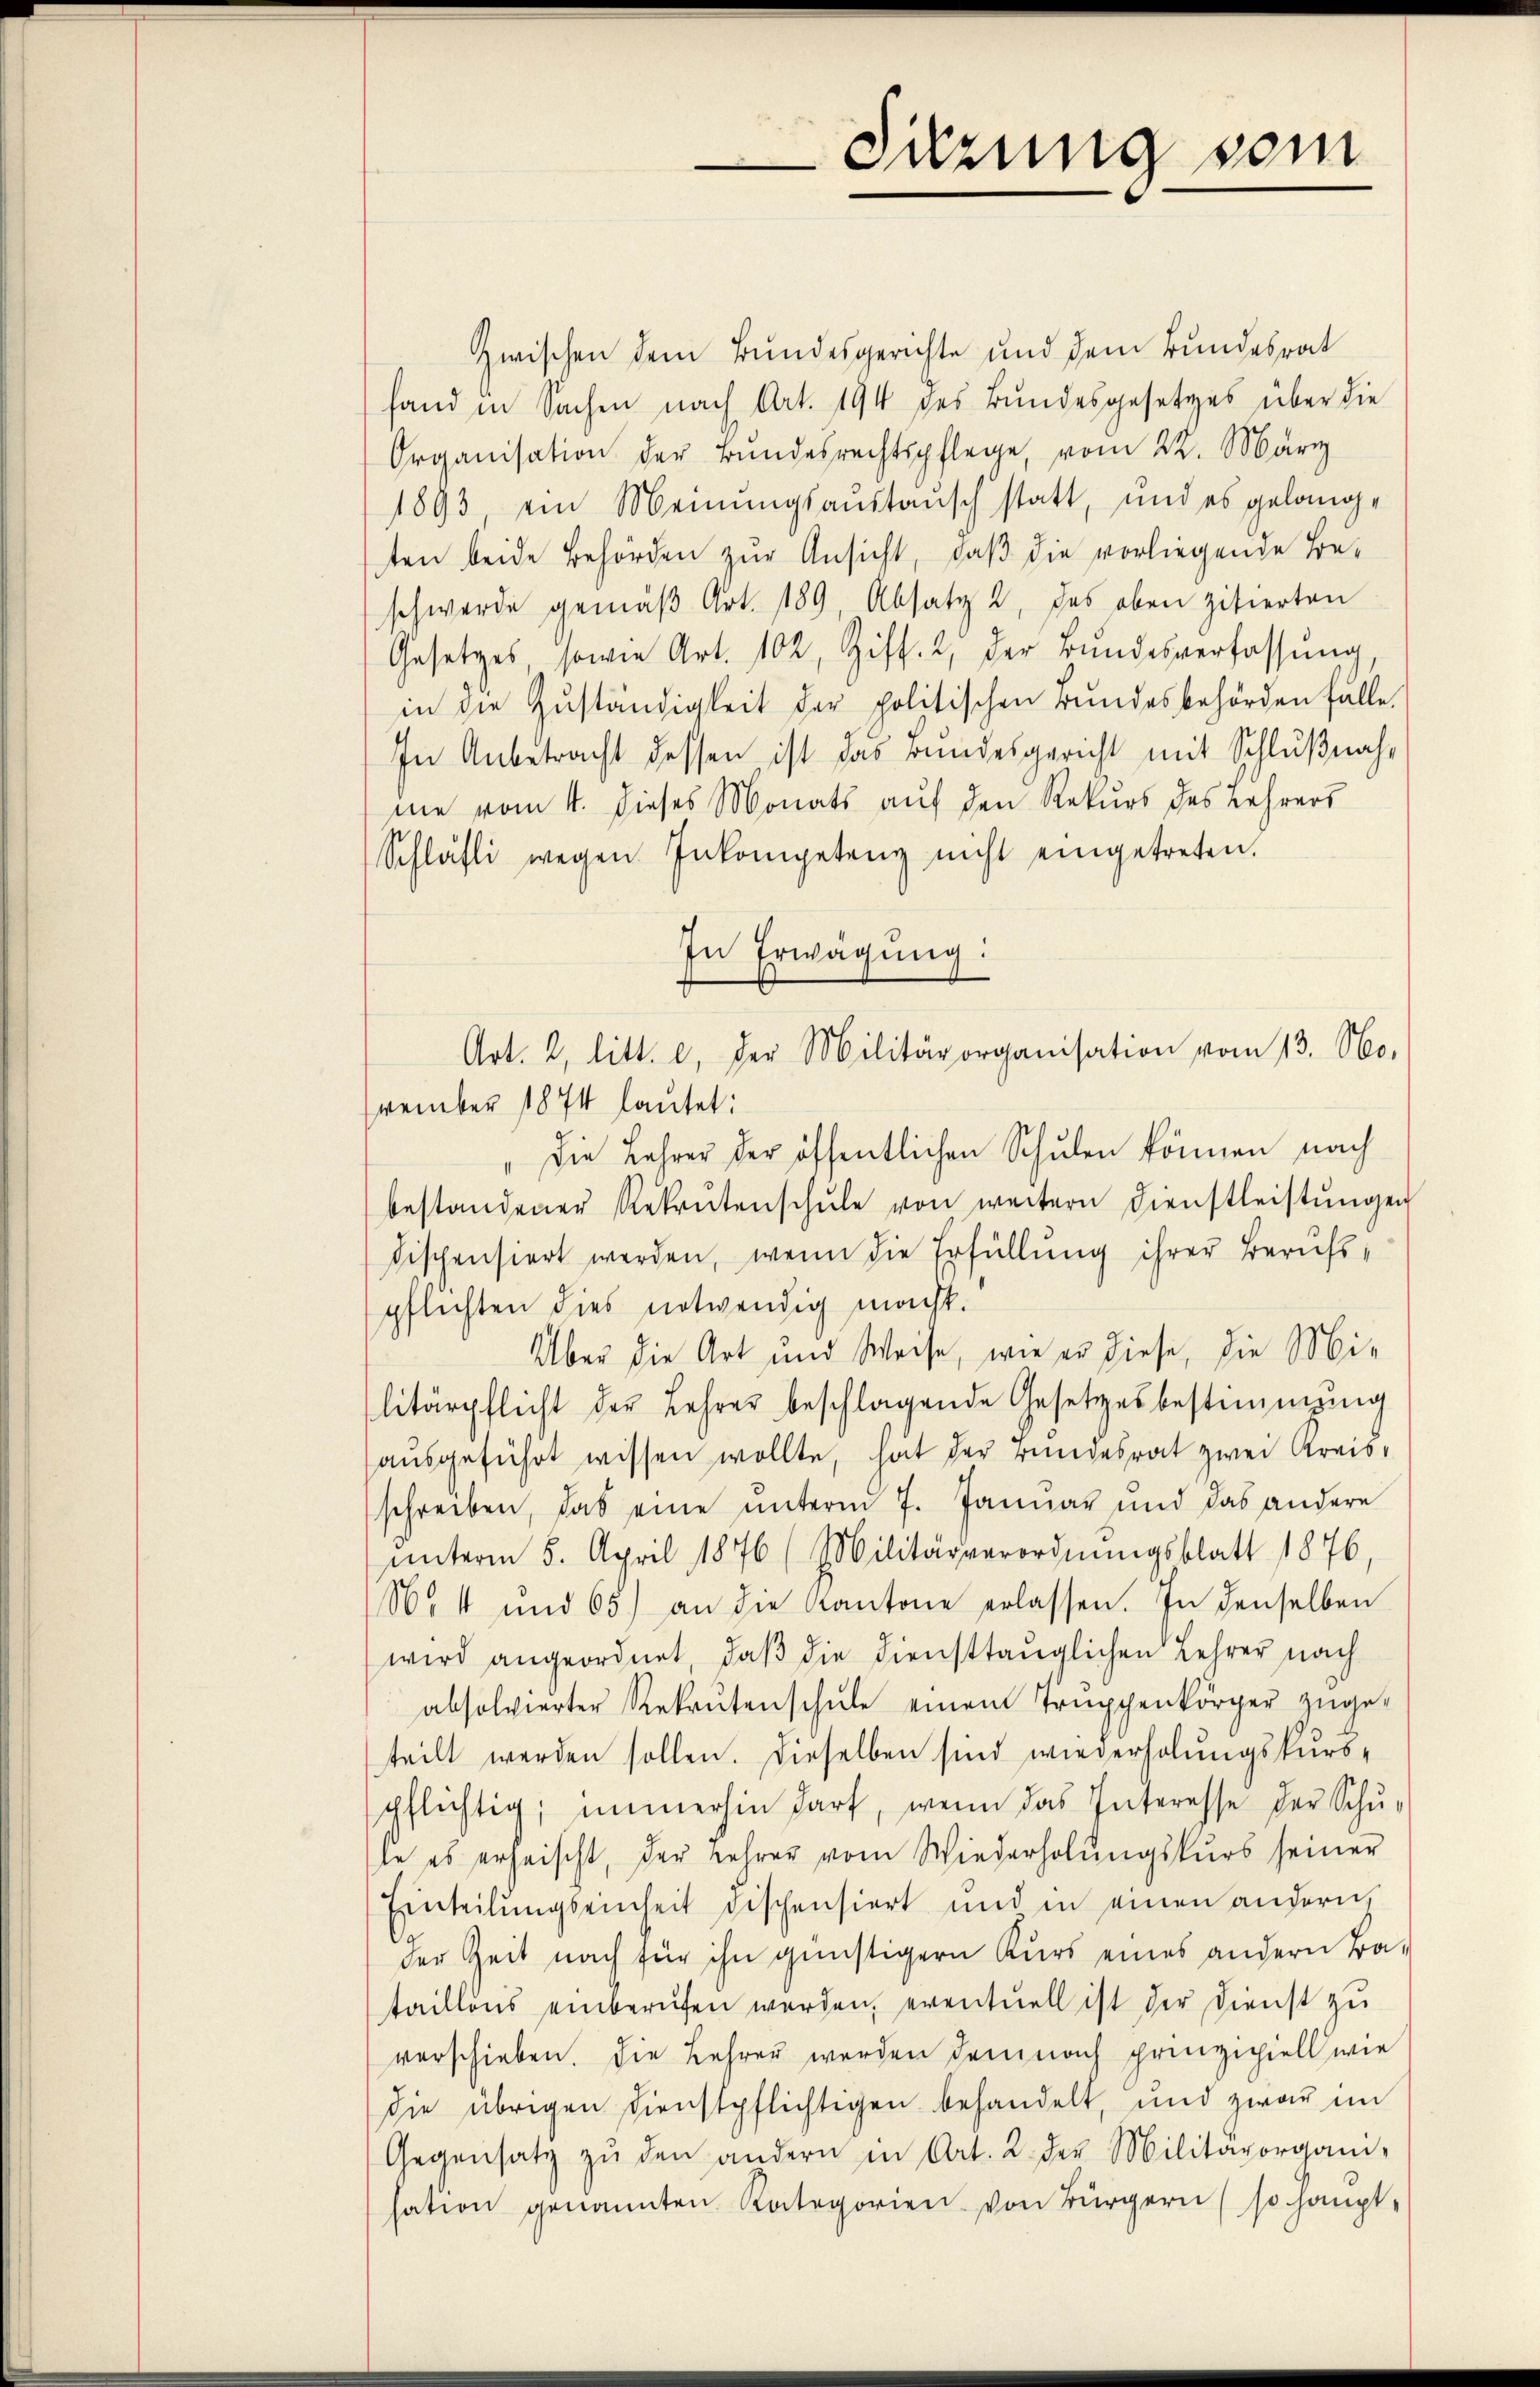
Zwischen dem Bundesgerichte und dem Bundesrat
fand in Sachen nach Art. 194 des Bundesgesetzes über die
Organisation der Bŭndesrechtspflege, vom 22. März
1893, ein Meinungsaustausch statt, und es gelange
ten beide Behörden zur Ansicht, daß die vorliegende Beschwerde gemäβ Art. 189 Absatz 2 des oben zitierten
Gesetzes sowie Art. 102, Ziff. 2, der Bŭndesverfassŭng
in die Zŭständigkeit der politischen Bundesbehörden falle.
In Anbetracht dessen ist das Bundesgericht mit Schlußnahne vom 4. dieses Monats auf den Rekurs des Lehrers
Schläfli wegen Inkompetenz nicht eingetreten.
In Erwägung:
vember 1874 lautet:
"Die Lehrer der öffentlichen Schulen können nach
bestandener Rekrutenschŭle von weitern Dienstleistŭngen
dischensiert werden, wenn die Erfüllung ihrer Berufspflichten dies notwendig macht.
Über die Art und Weise, wie er diese, die Mi-
litärpflicht der Lehrer beschlagende Gesetzesbestimmung
aŭsgeführt wissen wollte, hat der rundesrat zwei Kreis-
schreiben, das eine unterm 7. Januar und das andere
ŭnterm 5. April 1876 (Militärverordnŭngsblatt 1876,
86. 4 und 65) an die Kantone erlassen. In denselben
wird angeordnet, daβ die diensttänglichen Lehrer nach
absolvierter Rekrutenschŭle einem Truppenkörper zŭge-
teilt werden sollen. Dieselben sind wiederholungskursspflichtig, immerhin darf, wenn das Interesse der Schu-
te es erheischt, der Lehrer vom Wiederholŭngskurs seiner
Einteilŭngseinheit dischensiert und in einen andern,
der Zeit nach für ihn günstigern Kurs eines andern Ba-
taillons einberufen werden, eventuell ist der Dienst zu
verschieben. Die Lehrer werden demnach prinzipiell wie
die übrigen Dienstpflichtigen behandelt, und zwar im
Gegensatz zŭ den andern in Art. 2 der Militärorgani-
sation genannten Kategorien von Bürgern (so haupt-

Sitzung vom

Art. 2, litt. c. der Militärorganisation vom 13. No.